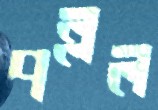
পল্লল